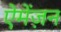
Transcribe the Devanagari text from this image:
ऐमेंज़न